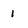
Character: 1